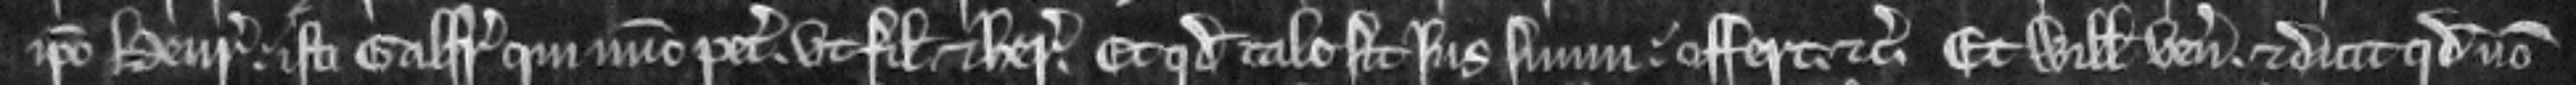
ipso Henrico. isti Galfrido qui nunc petit. ut filio et heredi. Et quod tale sit jus suum. offert. etc. Et Willemus venit. et dicit quod non